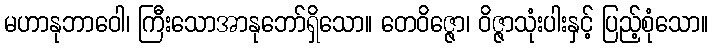
မဟာနုဘာဝေါ၊ ကြီးသောအာနုဘော်ရှိသော။ တေဝိဇ္ဇော၊ ဝိဇ္ဇာသုံးပါးနှင့် ပြည့်စုံသော။